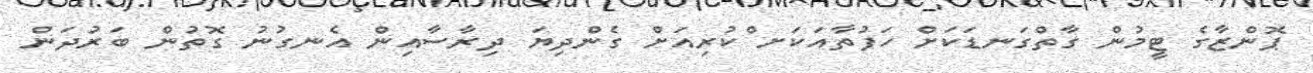
ޕޮންޒާގެ ޓީމުން ގާތްގަނޑަކަށް ހަފުތާއަކަށ ްކުރިއަށް ގެންދިޔަ ދިރާސާއިން އެނގުނު ގޮތުން ބަރުދަން